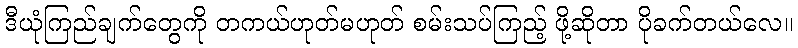
ဒီယုံကြည်ချက်တွေကို တကယ်ဟုတ်မဟုတ် စမ်းသပ်ကြည့် ဖို့ဆိုတာ ပိုခက်တယ်လေ။